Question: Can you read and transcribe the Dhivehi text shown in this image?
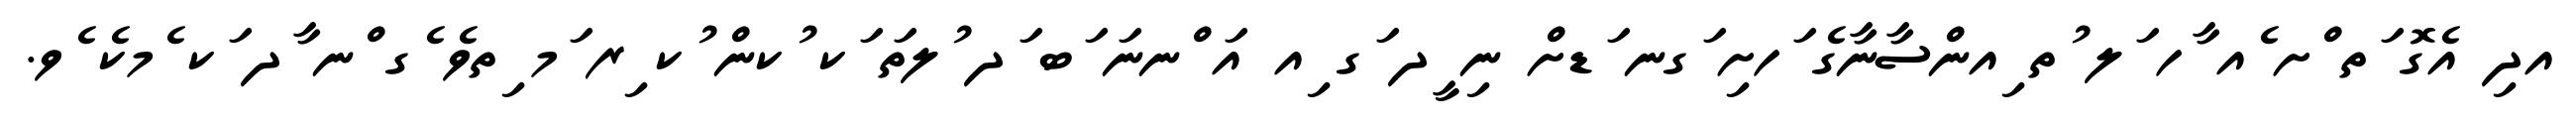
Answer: އދި އެގޮ ަތ ްށ ެއ ާހ ަލ ުތ ިއންސާނާގެ ަހށި ަގނ ަޑށް ނި ީދ ަގ ިއ އަ ްނނަ ަބ ަދ ުލތަ ަކ ުކން ުކ ިރ ަމ ިތވެ ެގ ްނ ާދ ަކ ެމކެ ެވ.